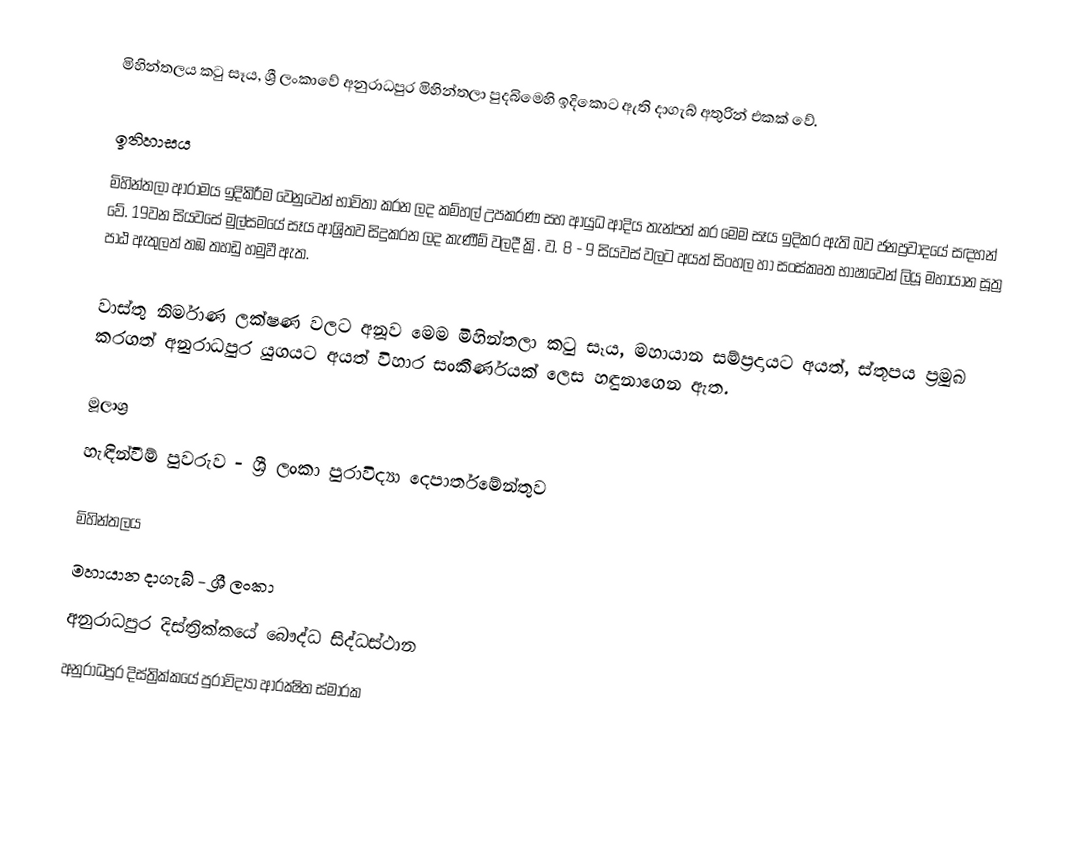
මිහින්තලය කටු සෑය, ශ්‍රී ලංකාවේ අනුරාධපුර මිහින්තලා පුදබිමෙහි ඉදිකොට ඇති දාගැබ් අතුරින් එකක් වේ.

ඉතිහාසය
මිහින්තලා ආරාමය ඉදිකිරීම වෙනුවෙන් භාවිතා කරන ලද කම්හල් උපකරණ සහ ආයුධ ආදිය තැන්පත් කර මෙම සෑය ඉදිකර ඇති බව ජනප්‍රවාදයේ සඳහන් වේ. 19වන සියවසේ මුල්සමයේ සෑය ආශ්‍රිතව සිදුකරන ලද කැණීම් වලදී ක්‍රි. ව. 8 - 9 සියවස් වලට අයත් සිංහල හා සංස්කෘත භාෂාවෙන් ලියූ මහායාන සූත්‍ර පාඨ ඇතුලත් තඹ තහඩු හමුවී ඇත.

වාස්තු නිර්මාණ ලක්ෂණ වලට අනූව මෙම මිහින්තලා කටු සෑය, මහායාන සම්ප්‍රදායට අයත්, ස්තූපය ප්‍රමුඛ කරගත් අනුරාධපුර යුගයට අයත් විහාර සංකීර්ණයක් ලෙස හඳුනාගෙන ඇත.

මූලාශ්‍ර
හැඳින්වීම් පුවරුව - ශ්‍රී ලංකා පුරාවිද්‍යා දෙපාර්තමේන්තුව

මිහින්තලය
මහායාන දාගැබ් - ශ්‍රී ලංකා
අනුරාධපුර දිස්ත්‍රික්කයේ බෞද්ධ සිද්ධස්ථාන‎
අනුරාධපුර දිස්ත්‍රික්කයේ පුරාවිද්‍යා ආරක්‍ෂිත ස්මාරක